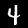
Label: 4